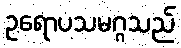
ဥရောပသမဂ္ဂသည်